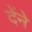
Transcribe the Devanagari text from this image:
देंने